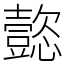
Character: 㦤